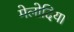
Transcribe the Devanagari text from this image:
मेलोदिया